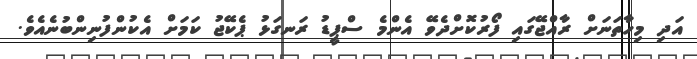
އަދި މިހާތަނަށް ރާއްޖޭގައި ފޯރުކޮށްދެވޭ އެންމެ ސްޕީޑު ރަނގަޅު ޕެކޭޖު ކަމަށް އެކުންފުނިންބުނެއެވެ.